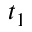
t _ { 1 }